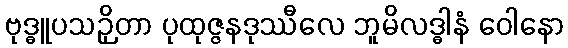
ဗုဒ္ဓူပသဉှိတာ ပုထုဇ္ဇနဒုဿီလေ ဘူမိလဒ္ဓါနံ ဝေါနော